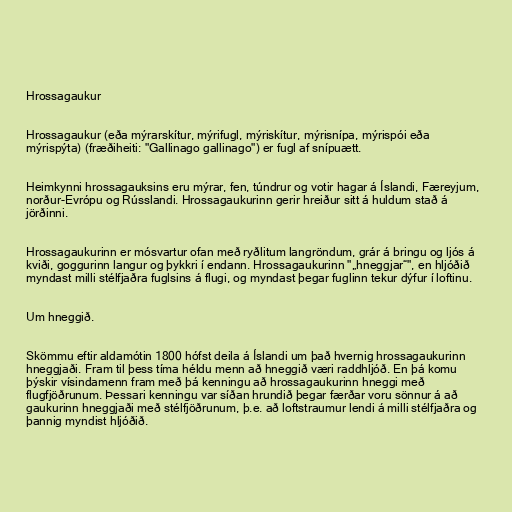
Hrossagaukur

Hrossagaukur (eða mýrarskítur, mýrifugl, mýriskítur, mýrisnípa, mýrispói eða
mýrispýta) (fræðiheiti: "Gallinago gallinago") er fugl af snípuætt.

Heimkynni hrossagauksins eru mýrar, fen, túndrur og votir hagar á Íslandi, Færeyjum,
norður-Evrópu og Rússlandi. Hrossagaukurinn gerir hreiður sitt á huldum stað á
jörðinni.

Hrossagaukurinn er mósvartur ofan með ryðlitum langröndum, grár á bringu og ljós á
kviði, goggurinn langur og þykkri í endann. Hrossagaukurinn "„hneggjar“", en hljóðið
myndast milli stélfjaðra fuglsins á flugi, og myndast þegar fuglinn tekur dýfur í loftinu.

Um hneggið.

Skömmu eftir aldamótin 1800 hófst deila á Íslandi um það hvernig hrossagaukurinn
hneggjaði. Fram til þess tíma héldu menn að hneggið væri raddhljóð. En þá komu
þýskir vísindamenn fram með þá kenningu að hrossagaukurinn hneggi með
flugfjöðrunum. Þessari kenningu var síðan hrundið þegar færðar voru sönnur á að
gaukurinn hneggjaði með stélfjöðrunum, þ.e. að loftstraumur lendi á milli stélfjaðra og
þannig myndist hljóðið.